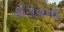
હોગનનો